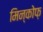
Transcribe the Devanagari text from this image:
मिन्कोफ़